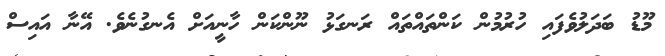
މޫޑު ބަދަލުވެފައި ހުރުމުން ކަންތައްތައް ރަނގަޅު ނޫންކަން ހާނީއަށް އެނގުނެވެ. އޭނާ އައިސް